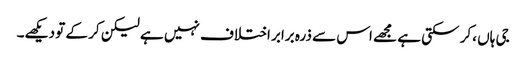
جی ہاں ،کر سکتی ہے مجھے اس سے ذرہ برابر اختلاف نہیں ہے لیکن کر کے تو دیکھے۔